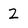
Character: 2